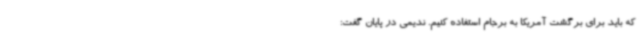
که باید برای برگشت آمریکا به برجام استفاده کنیم. ندیمی در پایان گفت: